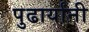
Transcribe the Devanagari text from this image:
पुढार्यांनी